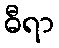
ဓီရာ